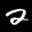
Label: 2